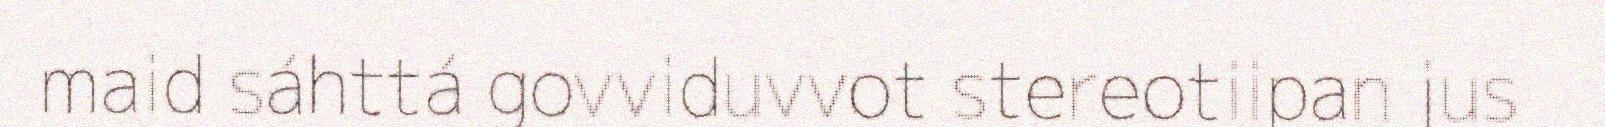
maid sáhttá govviduvvot stereotiipan jus